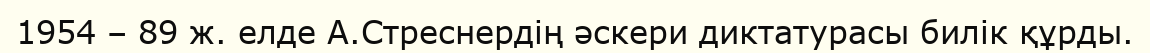
1954 – 89 ж. елде А.Стреснердің әскери диктатурасы билік құрды.